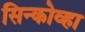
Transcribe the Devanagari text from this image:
सिन्कोव्हा